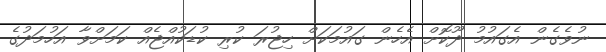
ނުވެގެން އެގައުމު ދޫކޮށް އެހެން ގައުމަކަށް ހިޖުރަ ކުރި ކުޑަކުއްޖެއް ކަމަށްވާ އަހުމަދުގެ